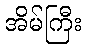
အိမ်ကြီး